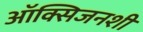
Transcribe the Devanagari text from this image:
ऑक्सिजनशी